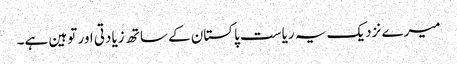
میرے نزدیک یہ ریاست پاکستان کے ساتھ زیادتی اور توہین ہے۔